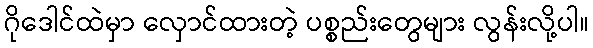
ဂိုဒေါင်ထဲမှာ လှောင်ထားတဲ့ ပစ္စည်းတွေများ လွန်းလို့ပါ။